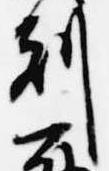
刻